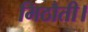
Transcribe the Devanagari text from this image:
मिठौती।